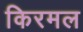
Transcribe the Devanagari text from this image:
किरमल